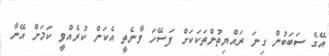
އޭގެ ސަބަބުން ގިނަ ރައްޔިތުންތަކަކަށް ފަސޭހަ ވާނެތީ އެކަން ކުރެއްވީ ކަމަށް އޭނާ